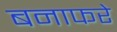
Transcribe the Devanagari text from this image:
बनाफरे